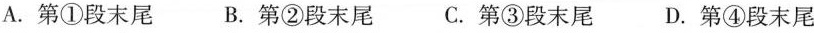
A.第①段末尾 B.第②段末尾 C.第③段末尾 D.第④段末尾